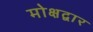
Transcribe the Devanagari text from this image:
मोक्षद्वार